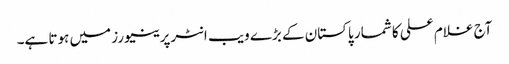
آج غلام علی کا شمار پاکستان کے بڑے ویب انٹرپرینیورز میں ہوتا ہے۔